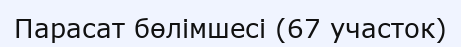
Парасат бөлімшесі (67 участок)